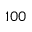
1 0 0